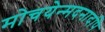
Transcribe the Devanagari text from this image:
मोचयेन्मदनादपि